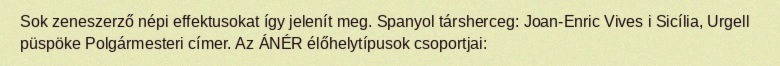
Sok zeneszerző népi effektusokat így jelenít meg. Spanyol társherceg: Joan-Enric Vives i Sicília, Urgell püspöke Polgármesteri címer. Az ÁNÉR élőhelytípusok csoportjai: